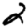
Digit: 2